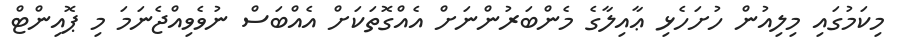
މިކަމުގައި މިލިއުން ހުށަހެޅި ޢާއިލާގެ މެންބަރުންނަށް އެއްގޮތަކަށް އެއްބަސް ނުވެވިއްޖެނަމަ މި ޕޮއިންޓް